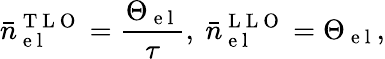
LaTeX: \bar{n}_{\mathrm{~e~l~}}^{\mathrm{~T~L~O~}}=\frac{\Theta_{\mathrm{~e~l~}}}{\tau},~\bar{n}_{\mathrm{~e~l~}}^{\mathrm{~L~L~O~}}=\Theta_{\mathrm{~e~l~}},